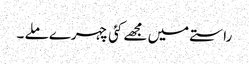
راستے میں مجھے کئی چہرے ملے ۔